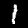
Label: 1